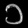
Digit: ၁